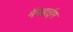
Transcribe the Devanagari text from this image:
मैनहाईम